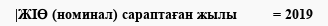
|ЖІӨ (номинал) сараптаған жылы         = 2019